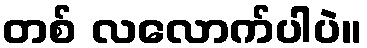
တစ် လလောက်ပါပဲ။